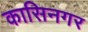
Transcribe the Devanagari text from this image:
कासिनगर